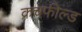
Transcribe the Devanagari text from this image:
क्रचफील्ड